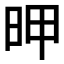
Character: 𰕻